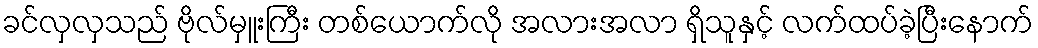
ခင်လှလှသည် ဗိုလ်မှူးကြီး တစ်ယောက်လို အလားအလာ ရှိသူနှင့် လက်ထပ်ခဲ့ပြီးနောက်